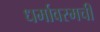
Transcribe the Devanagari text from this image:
धर्मावरमची